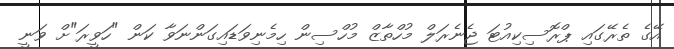
އޭގެ ތެރޭގައި ޕްރޮސިކިއުޓަ ޖެނެރަލް މުހްތާޒް މުހްސިން ހިމެނިވަޑައިގަންނަވާ ކަން "ހަވީރަ"ށް ވަނީ